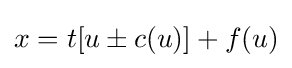
x=t[u\pm c(u)]+f(u)